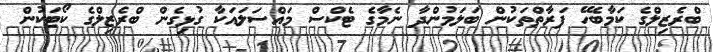
ބްރެޒިލްގެ ކަމާބެހޭ ފަރާތްތަކުން ބަލަމުންދާ ނެމާގެ ޓެކްސް މައްސަލައަކާ ގުޅިގެން ބްރެޒިލްގެ ކޯޓަކުން